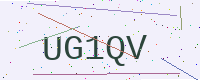
Text: UG1QV